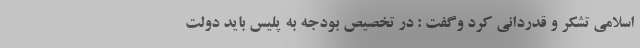
اسلامی تشکر و قدردانی کرد وگفت : در تخصیص بودجه به پلیس باید دولت